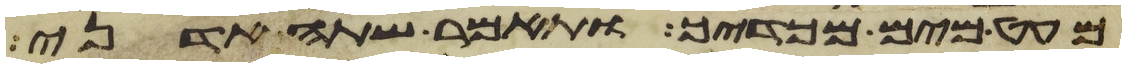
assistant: מעט מים מכדך ותאמר שתה אדני